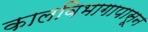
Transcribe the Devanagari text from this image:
कालविभागापासून